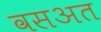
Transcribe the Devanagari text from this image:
वसअत